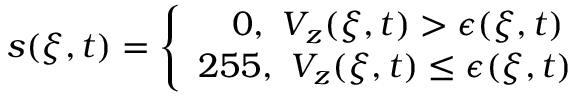
\begin{array} { r } { s ( \xi , t ) = \left\{ \begin{array} { l l } { ~ ~ ~ 0 , ~ V _ { z } ( \xi , t ) > \epsilon ( \xi , t ) } \\ { 2 5 5 , ~ V _ { z } ( \xi , t ) \leq \epsilon ( \xi , t ) } \end{array} \right. } \end{array}